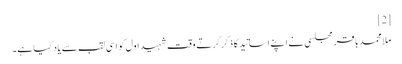
[2]
ملا محمدباقر مجلسی‌ نے اپنے اساتید کا ذکر کرتے وقت شہید اول کو اسی لقب سے یاد کیا ہے۔